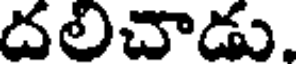
దలిచాడు.